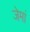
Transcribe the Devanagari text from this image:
जेमां